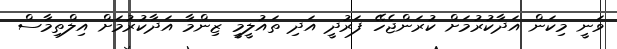
ވަނީ މިކަން އަދާކުރުމަށް ކުރަންޖެހޭ ފަރުދީ އަދި ތައުލީމީ ޒިންމާ އަދާކުރުމަށް އިލްތިމާސް